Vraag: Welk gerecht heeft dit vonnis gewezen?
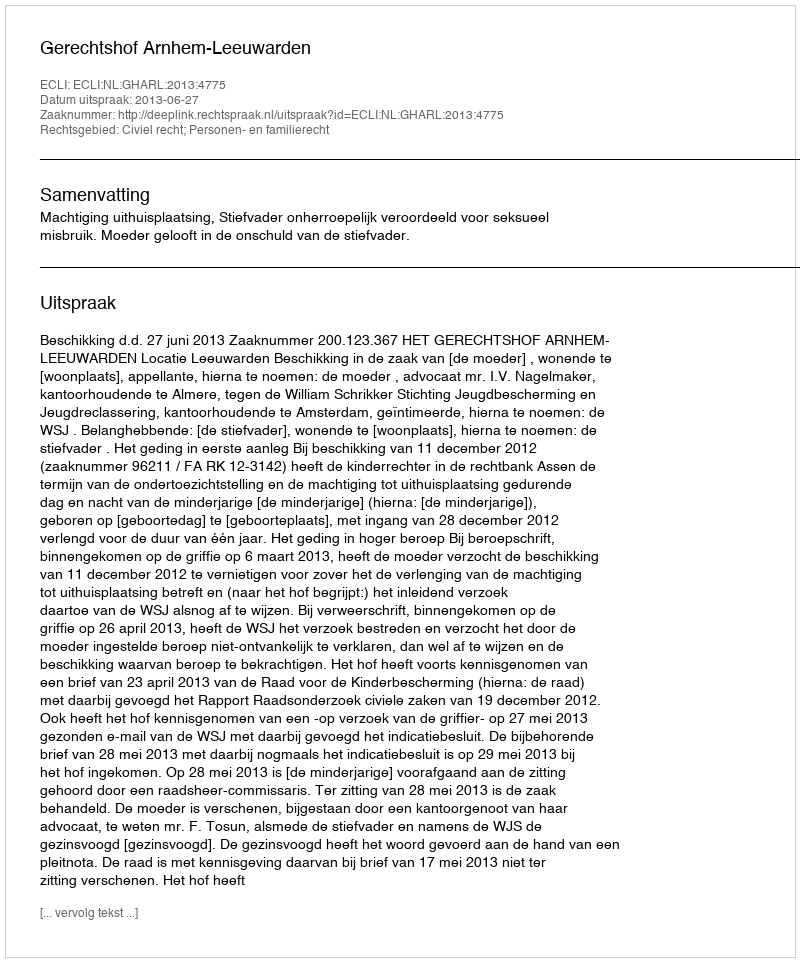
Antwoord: Gerechtshof Arnhem-Leeuwarden